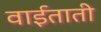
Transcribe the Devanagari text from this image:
वाईताती